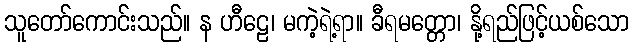
သူတော်ကောင်းသည်။ န ဟီဠေ၊ မကဲ့ရဲ့ရာ။ ခီရမတ္တော၊ နို့ရည်ဖြင့်ယစ်သော